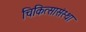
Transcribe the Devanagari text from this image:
चिकित्सासंस्था